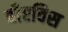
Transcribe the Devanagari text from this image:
बीएविस